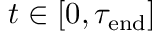
t \in [ 0 , \tau _ { \mathrm { e n d } } ]